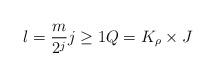
LaTeX: \begin{align*}l = \frac{m}{2^{j}} j\geq 1 Q = K_{\rho} \times J\end{align*}